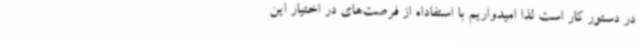
در دستور کار است لذا امیدواریم با استفاداه از فرصت‌های در اختیار این